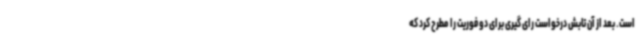
است. بعد از آن تابش درخواست رای گیری برای دو فوریت را مطرح کرد که